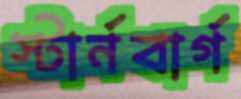
স্টার্নবার্গ